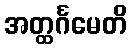
အတ္ထင်္ဂမေတိ